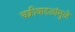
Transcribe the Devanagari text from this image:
चक्रीवादळांमुळे